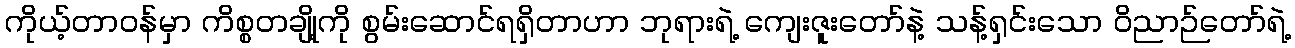
ကိုယ့်တာဝန်မှာ ကိစ္စတချို့ကို စွမ်းဆောင်ရရှိတာဟာ ဘုရားရဲ့ ကျေးဇူးတော်နဲ့ သန့်ရှင်းသော ဝိညာဉ်တော်ရဲ့